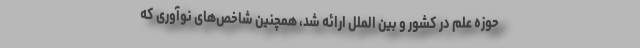
حوزه علم در کشور و بین الملل ارائه شد، همچنین شاخص‌های نوآوری که